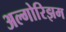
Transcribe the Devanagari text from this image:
अल्गोरिझम